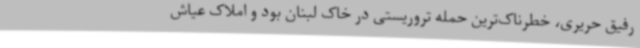
رفیق حریری، خطرناک‌ترین حمله تروریستی در خاک لبنان بود و املاک عیاش